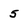
Character: 5